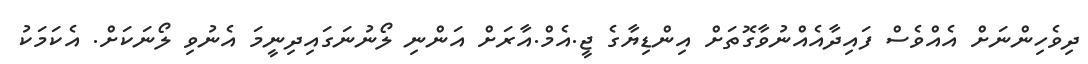
ދިވެހިންނަށް އެއްވެސް ފައިދާއެއްނުވާގޮތަށް އިންޑިޔާގެ ޖީ.އެމް.އާރަށް އަންނި ލޯނުނަގައިދިނީމަ އެނުވި ލޯނަކަށް. އެކަމަކު